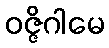
ဝဇ္ဇိဂါမေ